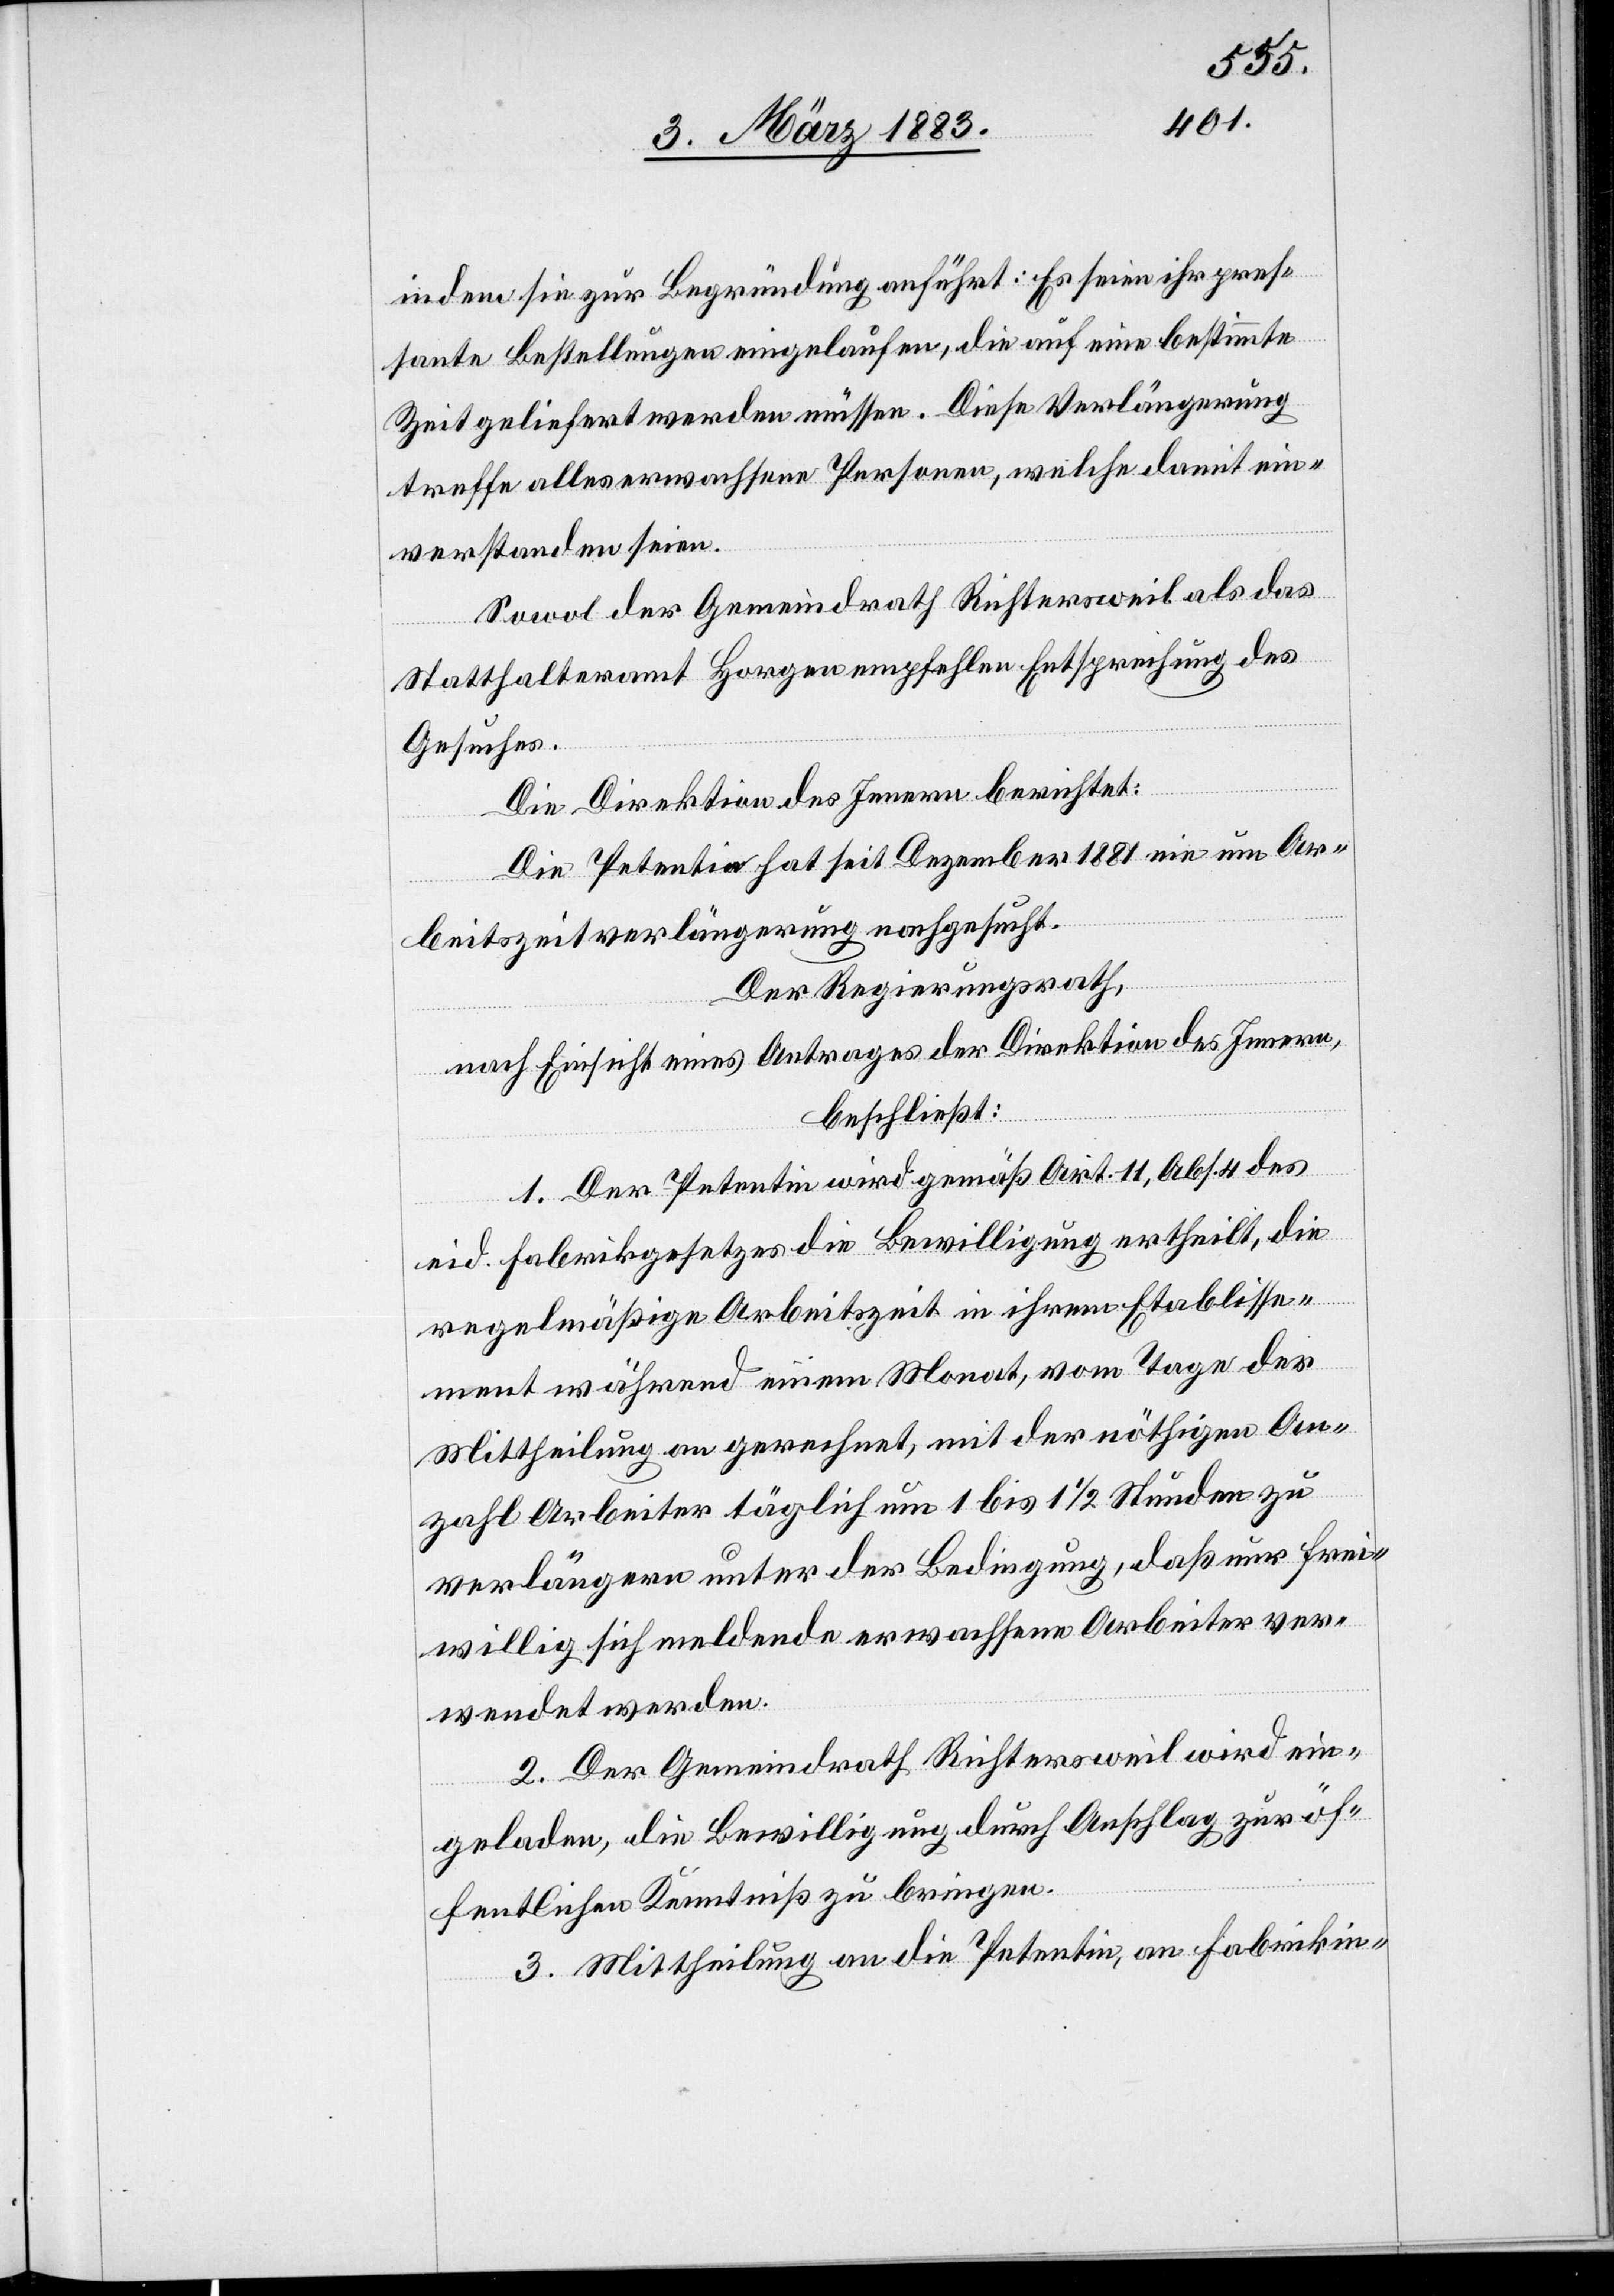
indem sie zur Begründung anführt: Es seien ihr pres¬
sante Bestellungen eingelaufen, die auf eine bestimmte
Zeit geliefert werden müssen. Diese Verlängerung
treffe alles erwachsene Personen, welche damit ein¬
verstanden seien.
Sowol der Gemeindrath Richtersweil als das
Statthalteramt Horgen empfehlen Entsprechung des
Gesuches.
Die Direktion des Innern berichtet:
Die Petentin hat seit Dezember 1881 nie um Ar¬
beitszeitverlängerung nachgesucht.
Der Regierungsrath,
nach Einsicht eines Antrages der Direktion des Innern,
beschließt:
1. Der Petentin wird gemäß Art. 11, Abs. 4 des
eid. Fabrikgesetzes die Bewilligung ertheilt, die
regelmäßige Arbeitszeit in ihrem Etablisse¬
ment während einem Monat, vom Tage der
Mittheilung an gerechnet, mit der nöthigen An¬
zahl Arbeiter täglich um 1 bis 1 1/2 Stunden zu
verlängern unter der Bedingung, daß nur frei¬
willig sich meldende erwachsene Arbeiter ver¬
wendet werden.
2. Der Gemeindrath Richtersweil wird ein¬
geladen, die Bewilligung durch Anschlag zur öf¬
fentlichen Kenntniß zu bringen.
3. Mittheilung an die Petentin, an Fabrikin-